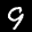
Label: 9